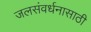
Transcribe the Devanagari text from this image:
जलसंवर्धनासाठी